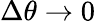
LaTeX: \Delta\theta\to 0